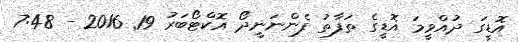
އޮޑީގަ ދުއްވީމަ އޮޑީގެ ތަފާތު ފެންނަނީދޯ އޮކްޓޯބަރު 19